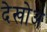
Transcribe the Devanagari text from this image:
देखोअ